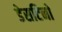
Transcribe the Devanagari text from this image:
डेसटिनो